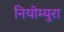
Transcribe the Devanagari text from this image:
नियोम्युरा